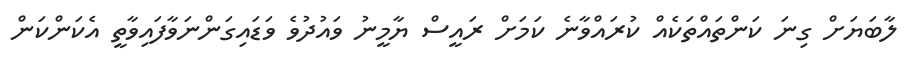
ލާބަޔަށް ގިނަ ކަންތައްތަކެއް ކުރައްވާނެ ކަމަށް ރައީސް ޔާމީނު ވައުދުވެ ވަޑައިގަންނަވާފައިވާތީ އެކަންކަން